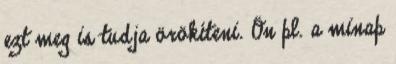
ezt meg is tudja örökíteni. Ön pl. a minap